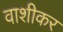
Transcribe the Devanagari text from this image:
वाशीकर